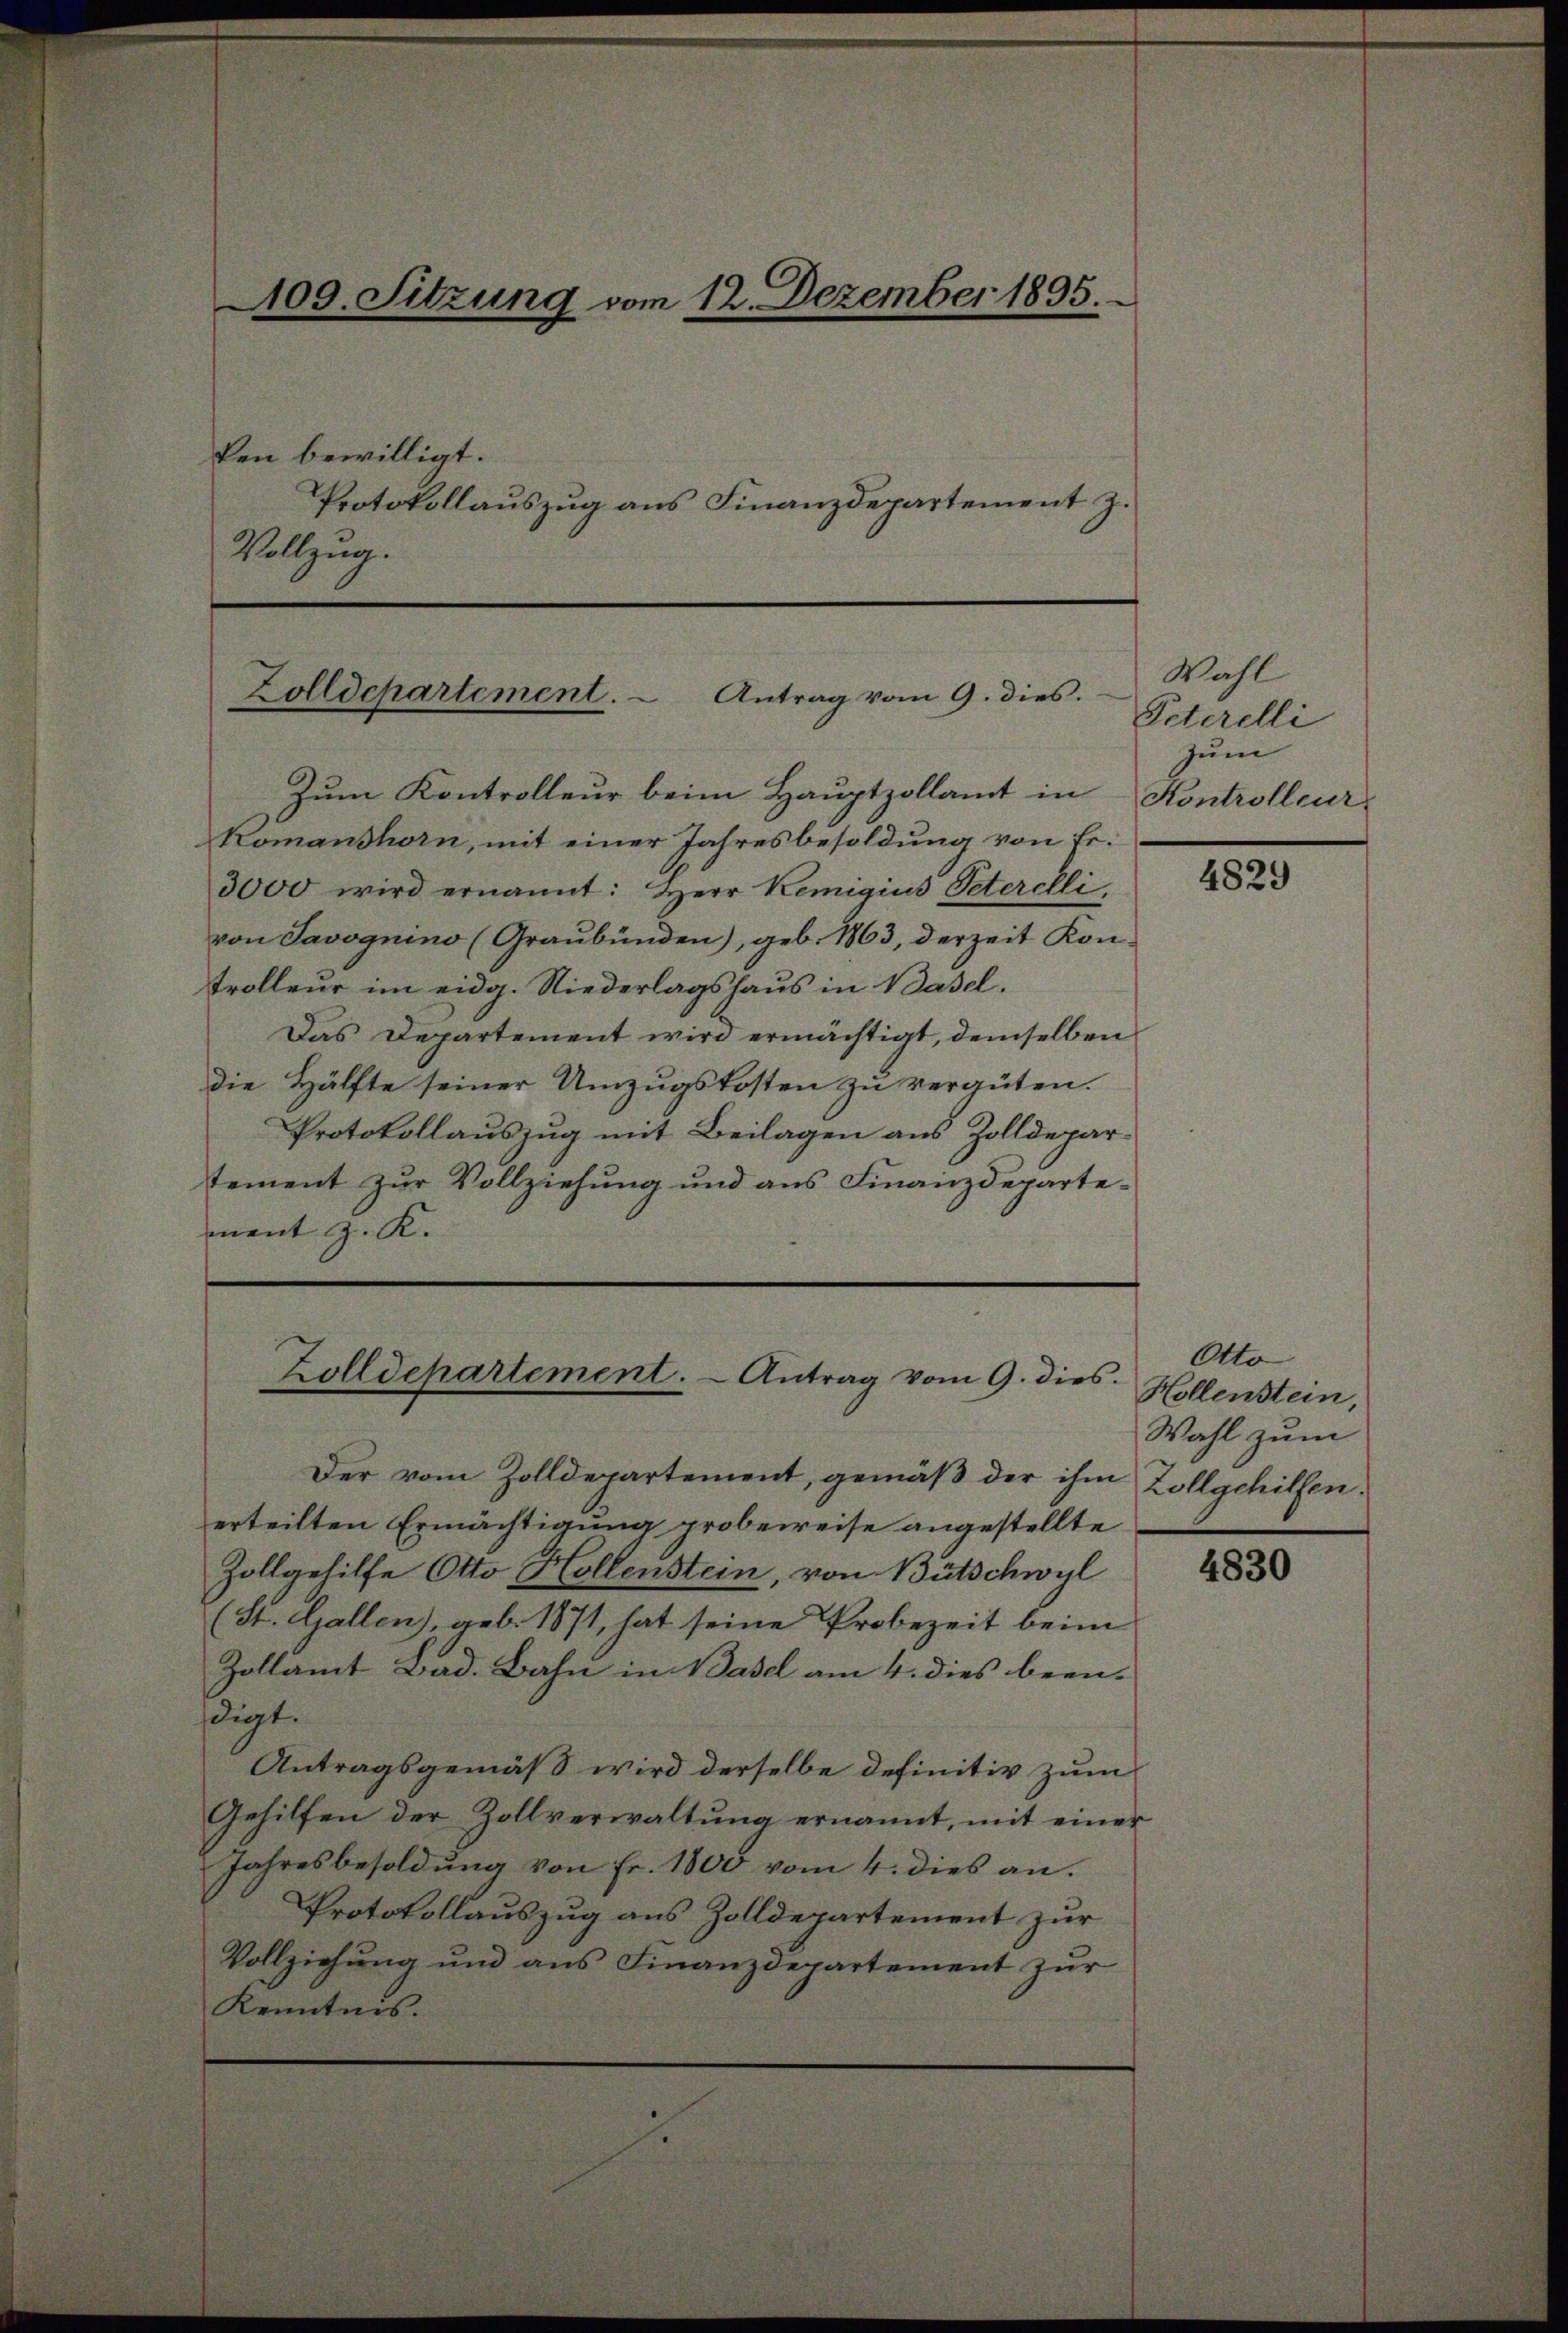
109. Sitzung vom 12. Dezember 1895.
ken bewilligt.
Protokollauszug aus Finanzdepartement z.
Vollzug.

Zolldepartement. - Antrag vom 9. dies.

Zum Kontrolleur beim Hauptzollamt in
Komanshorn, mit einer Jahresbesoldung von Er¬
3000 wird ernannt: Herr Kemigius Peterelli,
von Savognino (Graubünden), geb. 1863, derzeit Kontrolleur im eidg. Niederlagshaus in Basel.
Das Departement wird ermächtigt, demselben
die Hälfte seiner Umzugskosten zu vergüten.
Protokollauszug mit Beilagen aus Zolldepartement zur Vollziehung und aus Finanzdepartement J. K.

Zolldepartement. - Antrag vom 9. dies.

Der vom Zolldepartement, gemäß der ihm
erteilten Ermächtigung probeweise angestellte
Zollgehilfe Otto Hollenstein, von Bütschwyl
(St. Gallen), geb. 1871, hat seine Probezeit beim
Zollamt Bad. Bahn in Basel am 4. dies bren-
digt.
Antragsgemäß wird derselbe definitiv zum
Gehilfen der Zollverwaltung ernannt, mit einer
Jahresbesoldung von Fr. 1800 vom 4. dies an.
Protokollauszug aus Zolldepartement zur
Vollziehung und ans Finanzdepartement zŭr
Kenntnis.

Wahl
Peterelli
zum
Kontrolleur.

4829

Otto
Hollenstein,
Wahl zum
Zollgehilfen.

4830